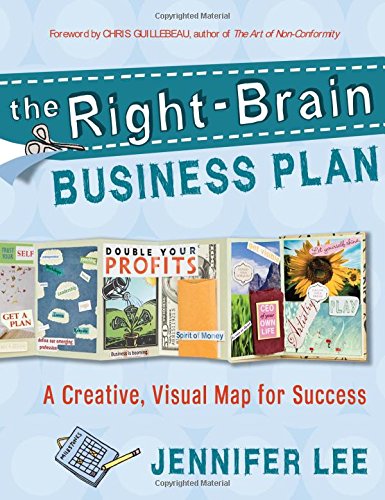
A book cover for The Right-Brain Business Plan: A Creative, Visual Map for Success; Jennifer Lee; Crafts, Hobbies & Home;